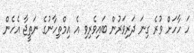
ހަ ހާހަށް ވުރެ ގިނަ ދަރިވަރުން ބައިވެރިވި އެ އިމްތިހާނުގެ ނަތީޖާ އެހެން